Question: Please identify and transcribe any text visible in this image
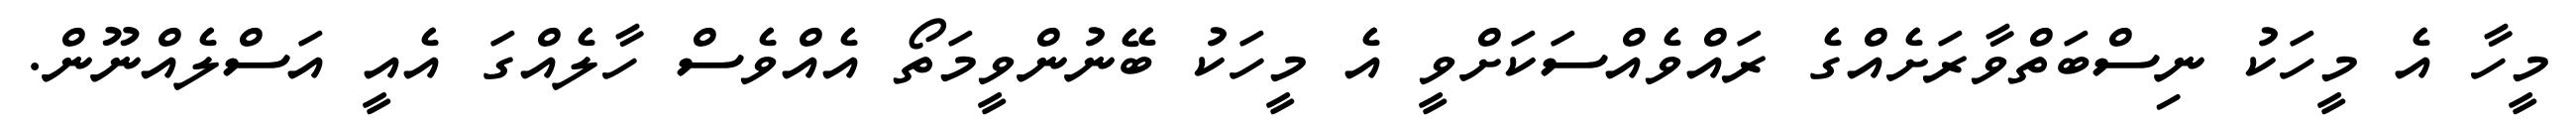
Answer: މީހާ އެ މީހަކު ނިސްބަތްވާރަށެއްގެ ރައްވެއްސަކަށްވީ އެ މީހަކު ބޭނުންވީމަތޯ އެއްވެސް ހާލެއްގަ އެއީ އަސްލެއްނޫން.